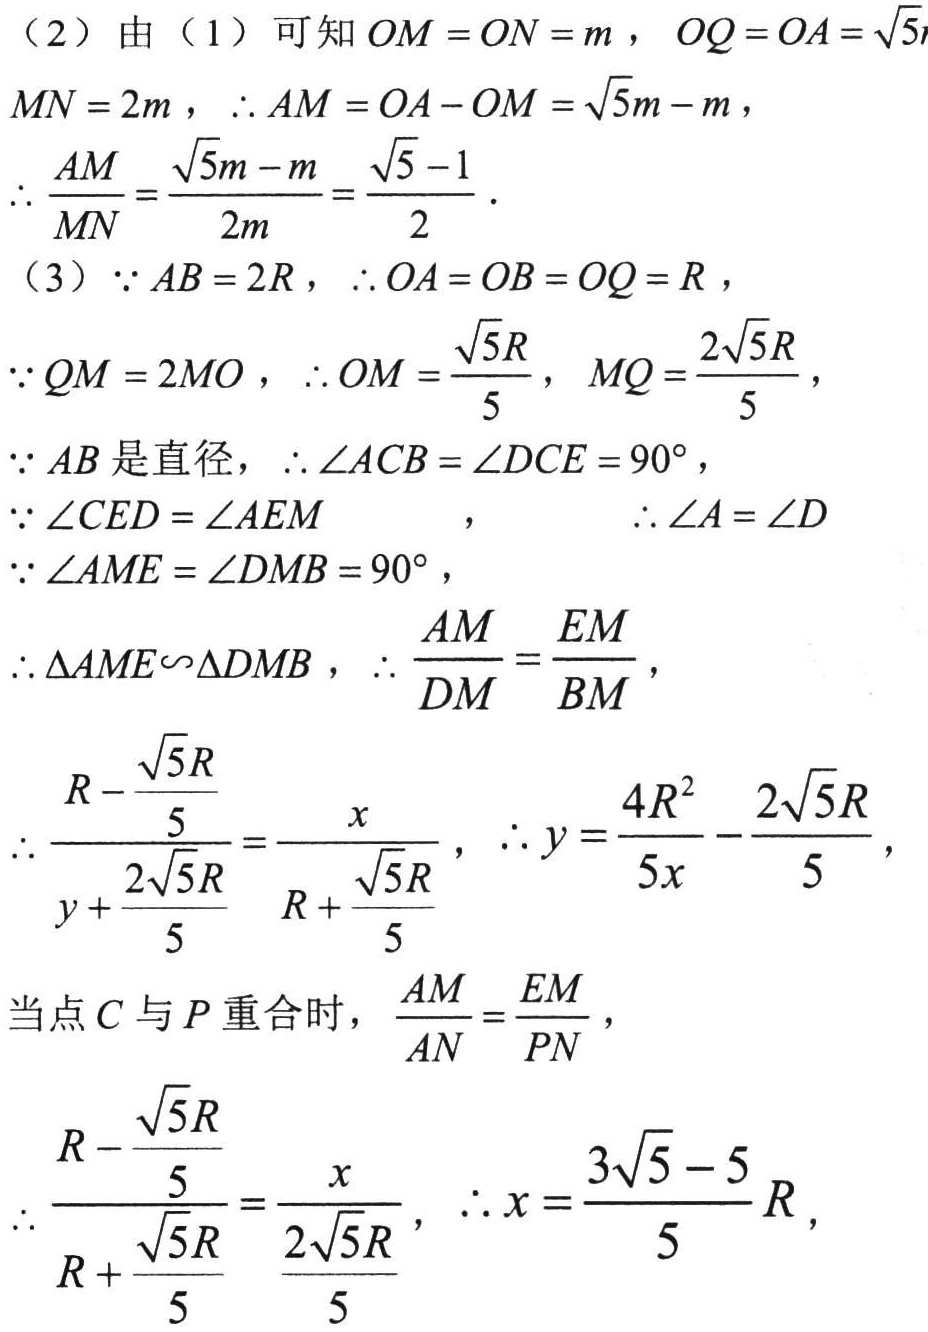
（2）由（1）可知 \(OM = ON = m\), \(OQ = OA=\sqrt{5}m\), \(MN = 2m\), \(\therefore AM = OA - OM=\sqrt{5}m - m\),
\(\therefore \dfrac{AM}{MN}=\dfrac{\sqrt{5}m - m}{2m}=\dfrac{\sqrt{5}-1}{2}\).
（3）\(\because AB = 2R\), \(\therefore OA = OB = OQ = R\),
\(\because QM = 2MO\), \(\therefore OM=\dfrac{\sqrt{5}R}{5}\), \(MQ=\dfrac{2\sqrt{5}R}{5}\),
\(\because AB\) 是直径，\(\therefore \angle ACB=\angle DCE = 90^{\circ}\),
\(\because \angle CED=\angle AEM\), \(\therefore \angle A=\angle D\)
\(\because \angle AME=\angle DMB = 90^{\circ}\),
\(\therefore \triangle AME\backsim\triangle DMB\), \(\therefore \dfrac{AM}{DM}=\dfrac{EM}{BM}\),
\(\therefore \dfrac{R - \dfrac{\sqrt{5}R}{5}}{y+\dfrac{2\sqrt{5}R}{5}}=\dfrac{x}{R+\dfrac{\sqrt{5}R}{5}}\), \(\therefore y=\dfrac{4R^{2}}{5x}-\dfrac{2\sqrt{5}R}{5}\),
当点 \(C\) 与 \(P\) 重合时，\(\dfrac{AM}{AN}=\dfrac{EM}{PN}\),
\(\therefore \dfrac{R - \dfrac{\sqrt{5}R}{5}}{R+\dfrac{\sqrt{5}R}{5}}=\dfrac{x}{\dfrac{2\sqrt{5}R}{5}}\), \(\therefore x=\dfrac{3\sqrt{5}-5}{5}R\),